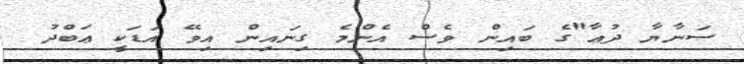
ސަނާޔާ ދުޢާ"ގެ ބައިން ވެސް އެންމެ ގިނައިން އިވޭ އަޑަކީ ޢަބްދު